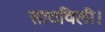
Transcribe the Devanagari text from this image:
साठविली।